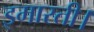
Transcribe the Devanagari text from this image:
इमारती।